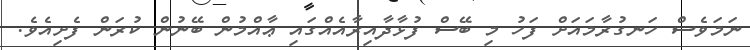
ނަމަވެސް ހަނގުރާމައަށް ފަހު މި ބޭސް ފުޅާދާއިރާއެއްގައި ޢާއްމުން ބޭނުން ކުރަން ފެށިއެވެ.